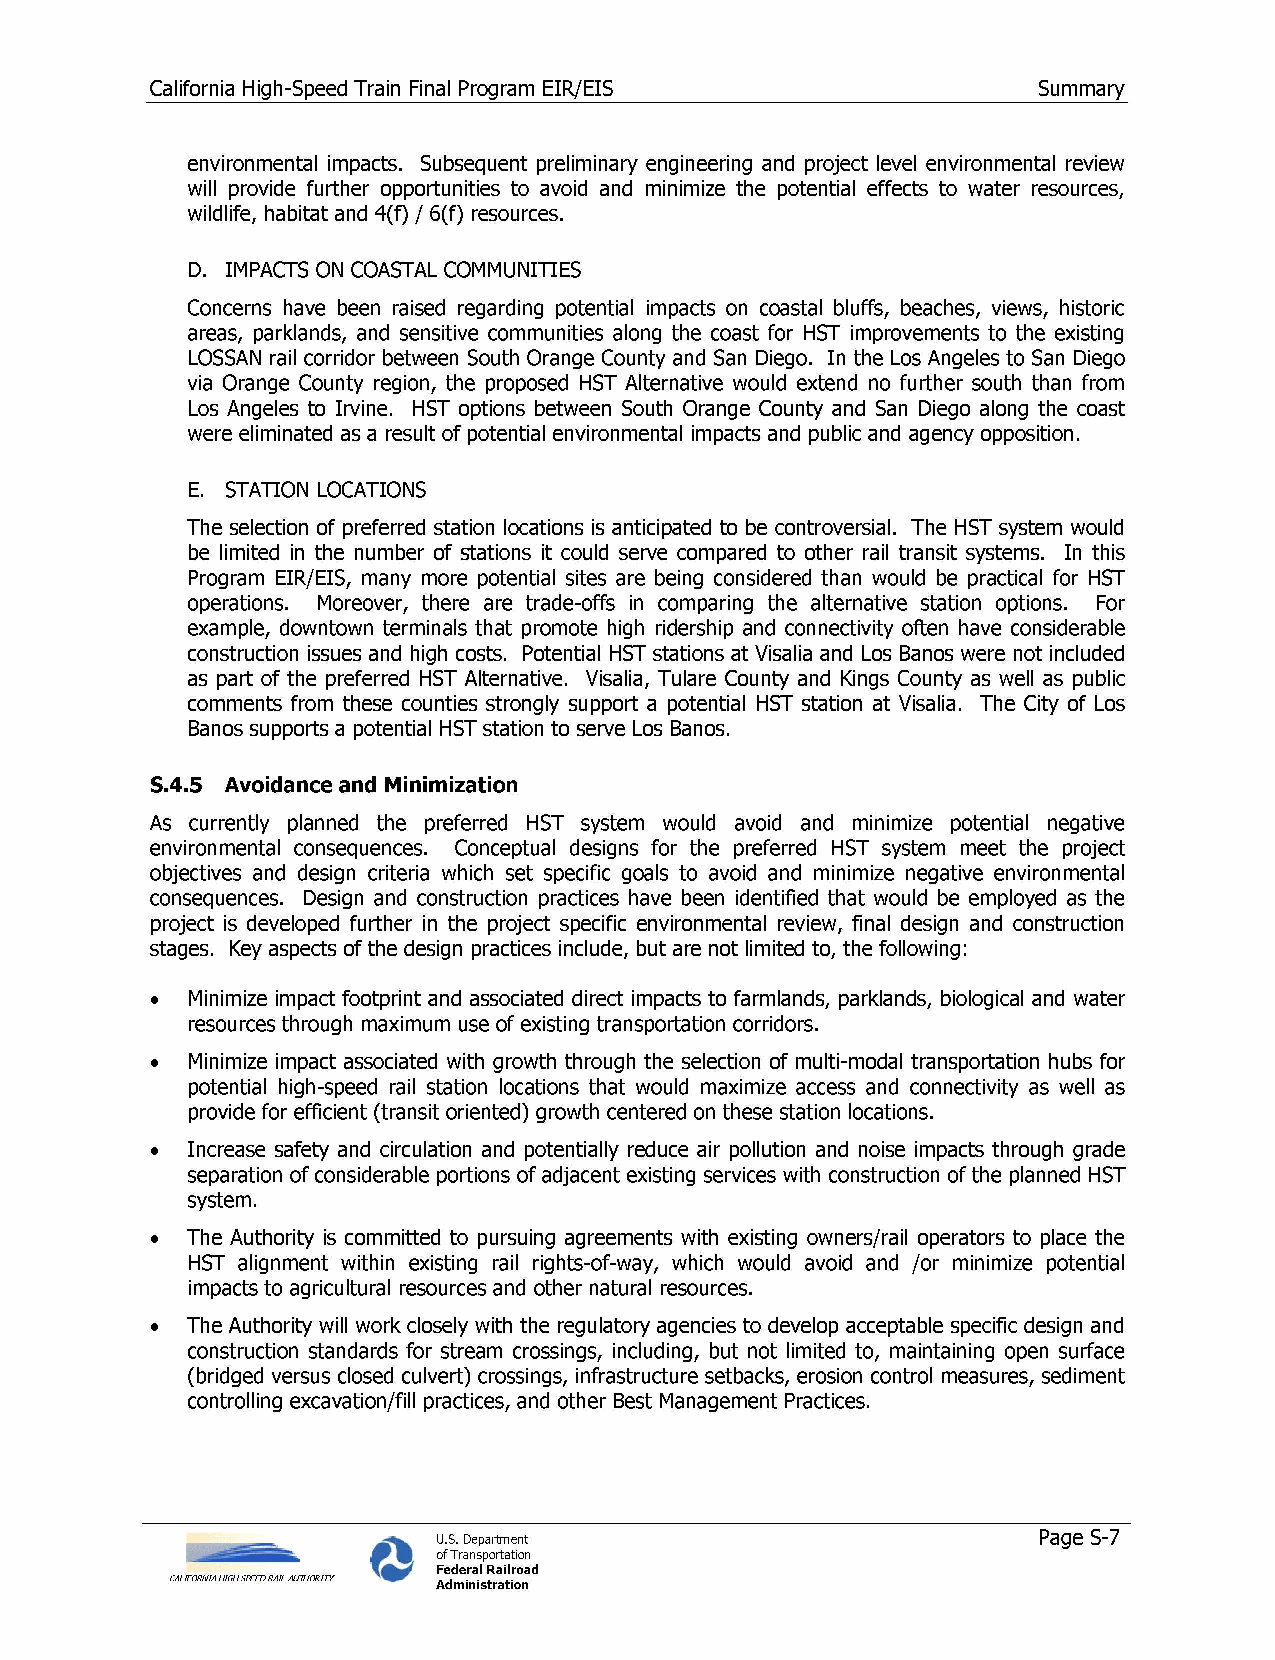
California High-Speed Train Final Program EIR/EIS          Summary
 environmental impacts. Subsequent preliminary engineering and project level environmental review
 will provide further opportunities to avoid and minimize the potential effects to water resources,
 wildlife, habitat and 4(f) I 6(f) resources.
 D. IMPACTS ON COASTAL COMMUNITIES
 Concerns have been raised regarding potential impacts on coastal bluffs, beaches, views, historic
 areas, parklands, and sensitive communities along the coast for HST improvements to the existing
 LOSSAN rail corridor between South Orange County and San Diego. In the Los Angeles to San Diego
 via Orange County region, the proposed HST Alternative would extend no further south than from
 Los Angeles to Irvine. HST options between South Orange County and San Diego along the coast
 were eliminated as a result of potential environmental impacts and public and agency opposition.
 E. STATION LOCATIONS
 The selection of preferred station locations is anticipated to be controversial. The HST system would
 be limited in the number of stations it could serve compared to other rail transit systems. In this
 Program EIR/EIS, many more potential sites are being considered than would be practical for HST
 operations. Moreover, there are trade-offs in comparing the alternative station options. For
 example, downtown terminals that promote high ridership and connectivity often have considerable
 construction issues and high costs. Potential HST stations at Visalia and Los Banos were not included
 as part of the preferred HST Alternative. Visalia, Tulare County and Kings County as well as public
 comments from these counties strongly support a potential HST station at Visalia. The City of Los
 Banos supports a potential HST station to serve Los Banos.
 5.4.5 Avoidance and Minimization
 As currently planned the preferred HST system would avoid and mm1m1ze potential negative
 environmental consequences. Conceptual designs for the preferred HST system meet the project
 objectives and design criteria which set specific goals to avoid and minimize negative environmental
 consequences. Design and construction practices have been identified that would be employed as the
 project is developed further in the project specific environmental review, final design and construction
 stages. Key aspects of the design practices include, but are not limited to, the following:
 • Minimize impact footprint and associated direct impacts to farmlands, parklands, biological and water
 resources through maximum use of existing transportation corridors.
 • Minimize impact associated with growth through the selection of multi-modal transportation hubs for
 potential high-speed rail station locations that would maximize access and connectivity as well as
 provide for efficient (transit oriented) growth centered on these station locations.
 • Increase safety and circulation and potentially reduce air pollution and noise impacts through grade
 separation of considerable portions of adjacent existing services with construction of the planned HST
 system.
 • The Authority is committed to pursuing agreements with existing owners/rail operators to place the
 HST alignment within existing rail rights-of-way, which would avoid and /or minimize potential
 impacts to agricultural resources and other natural resources.
 • The Authority will work closely with the regulatory agencies to develop acceptable specific design and
 construction standards for stream crossings, including, but not limited to, maintaining open surface
 (bridged versus closed culvert) crossings, infrastructure setbacks, erosion control measures, sediment
 controlling excavation/fill practices, and other Best Management Practices.
 U.S. Department                         Page S-7
 of Transportation
 Federal Railroad
 CALIFORNIA HIGH 5PEHJ RAIL AUTHCRITY Administration